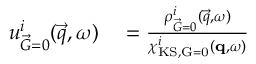
\begin{array} { r l } { { u _ { \vec { G } = 0 } ^ { i } ( \vec { q } , \omega ) } } & { { } = \frac { \rho _ { \vec { G } = 0 } ^ { i } ( \vec { q } , \omega ) } { \chi _ { \mathrm { K S , \vec { G } = 0 } } ^ { i } ( \mathbf { q } , \omega ) } } \end{array}